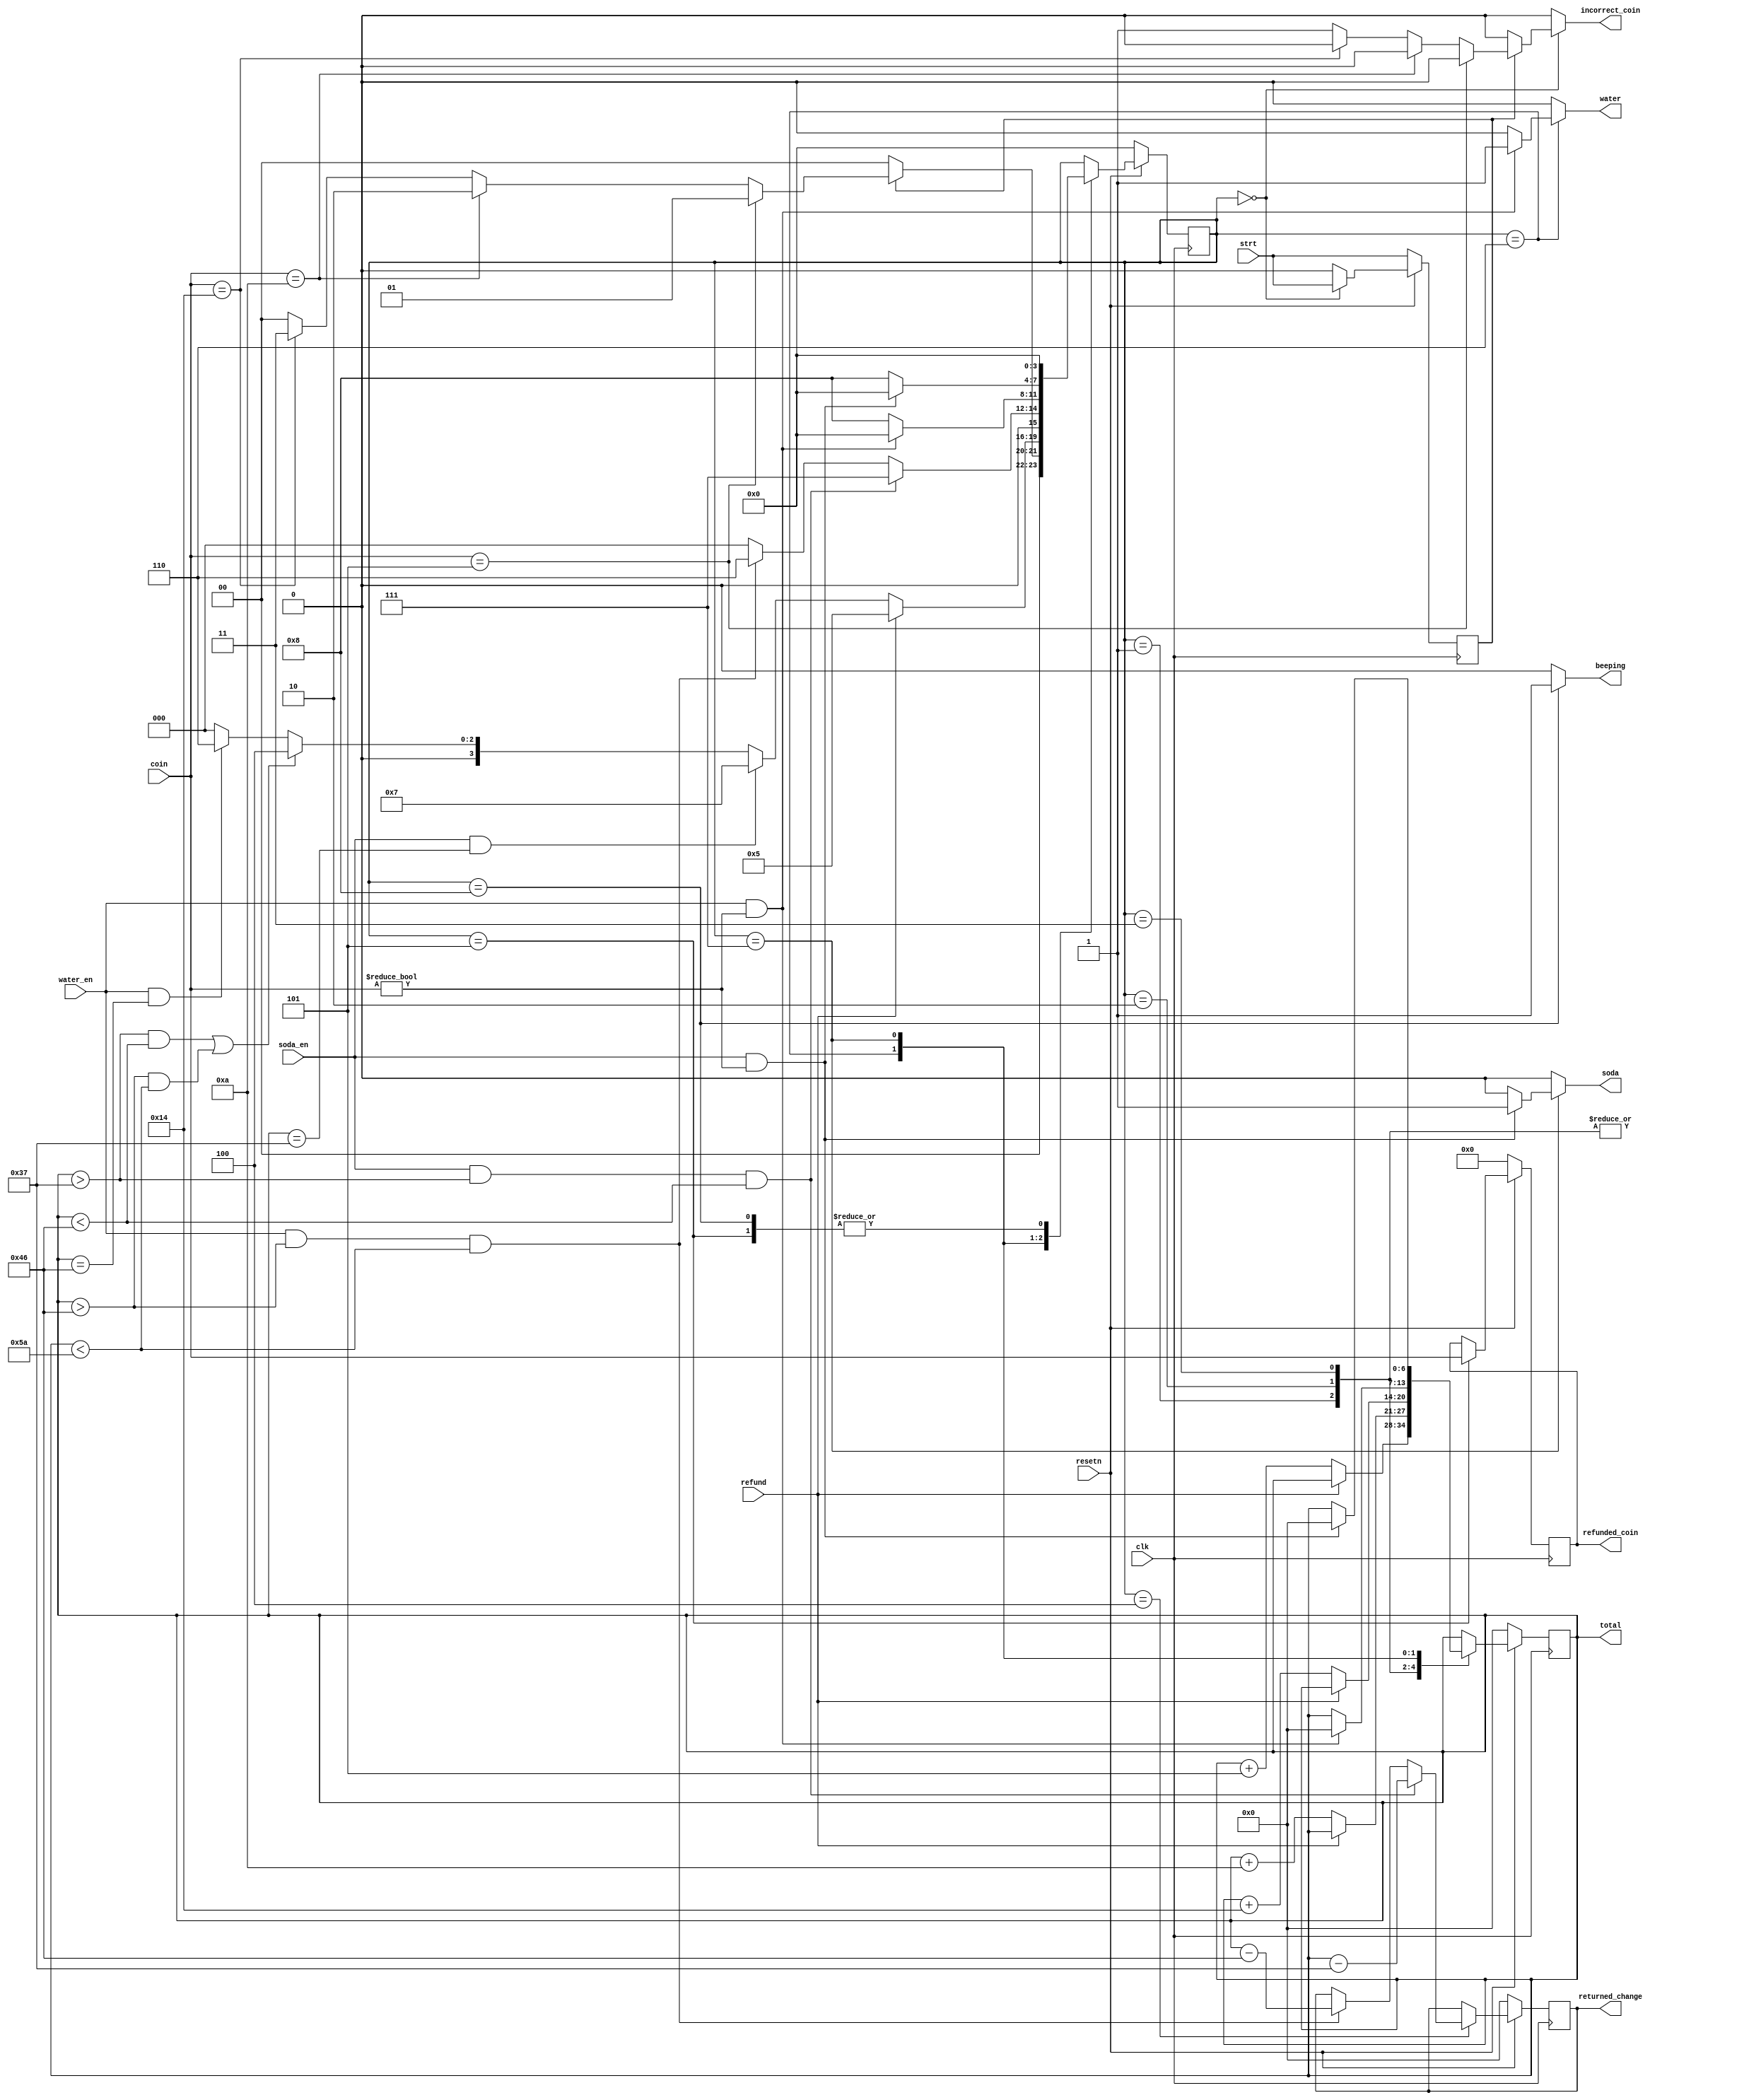
`timescale 1ns / 1ps
//////////////////////////////////////////////////////////////////////////////////
// Company: 
// Engineer: 
// 
// Design Name:    soda & water vending machin
// Module Name:    machine 
// Project Name:   vending machine
// Target Devices: 
// Tool versions: 
// Description: 
//
// Dependencies: 
//
// Revision: 
// Revision 0.01 - File Created
// Additional Comments: 
//
//////////////////////////////////////////////////////////////////////////////////

module machine(
input clk,resetn,strt,
//output reg low_amnt,huge_amnt,
output reg incorrect_coin,
input [4:0]coin,
input soda_en,water_en,refund,
output reg water,soda,
output [4:0]refunded_coin,
output [6:0]returned_change,
output reg beeping,
output [6:0]total
    );
	 
	 //reg [4:0]i,n;
	 reg strt_reg,strt_nex;
	 reg [6:0]returned_change_reg,returned_change_nex;
	 reg [4:0]refunded_coin_reg,refunded_coin_nex;
	 reg c5_en,c10_en,c20_en;
	 reg [6:0]count_reg,count_nex;
	 reg [3:0]cur_s,nex_s;
	 parameter start = 4'b0000,coin5 = 4'b0001,coin10 = 4'b0010,coin20 = 4'b0011,return_change = 4'b0100,refund_coin = 4'b0101,eject_water = 4'b0110,eject_soda = 4'b0111,beep = 4'b1000;
	 
always @(posedge clk)
begin
if(~resetn)
	begin
		cur_s <= start;
		count_reg <= 7'b0000000;
		refunded_coin_reg <= 0;
		returned_change_reg <= 0;
		strt_reg <= strt;
	end
else 
	begin
		cur_s <= nex_s;
		count_reg <= count_nex;
		refunded_coin_reg <= refunded_coin_nex;
		returned_change_reg <= returned_change_nex;
		strt_reg <= strt_nex;
	end
end

always @(cur_s,coin,strt,strt_reg,count_reg,refunded_coin_reg,returned_change_reg,water_en,soda_en,refund)
begin
nex_s = cur_s;
strt_nex = 0;
c5_en = 0;
c10_en = 0;
c20_en = 0;
incorrect_coin = 0;
//low_amnt = 0;
//huge_amnt = 0;
refunded_coin_nex = refunded_coin_reg;
returned_change_nex = returned_change_reg;
water = 0;
soda = 0;
count_nex = count_reg;
beeping = 0;
case(cur_s)
start:begin
		strt_nex = strt;
		 if(strt_reg)
		 begin
				if(coin == 5'b00101)
				begin
					nex_s = coin5;
				end
				else if(coin == 5'b01010)
				begin
					nex_s = coin10;
				end
				else if(coin == 5'b10100)
				begin
					nex_s = coin20;
				end
				else
				begin
					incorrect_coin = 1;
					nex_s = start;
				end
				/*else if(coin < 5 || coin > 5 && coin <10 ||coin > 10 && coin <20 || coin > 20)
				nex_s = return_change;*/
			end
			else
			begin
				nex_s = start;
				end
		end
coin5:begin
		c5_en = 1;
		if(c5_en)
		begin
			if(refund)
			nex_s = refund_coin;
			else
			begin
			count_nex = count_reg + 7'b0000101;
			if(soda_en && count_reg == 55 )
				nex_s = eject_soda;
			else if(count_reg > 55 && count_reg < 70 || count_reg > 70 && count_reg < 90)
				nex_s = return_change;
			else if(water_en && count_reg == 70)
				nex_s = eject_water;	
			else
				nex_s = start;	
			end
		end
		else
		nex_s = coin5;
		end
coin10:begin
		c10_en = 1;
		if(c10_en)
		begin
			if(refund)
			nex_s = refund_coin;
			else
			begin
			count_nex = count_reg + 7'b0001010;
			if(soda_en && count_reg == 55 )
				nex_s = eject_soda;
			else if(count_reg > 55 && count_reg < 70 || count_reg > 70 && count_reg < 90)
				nex_s = return_change;
			else if(water_en && count_reg == 70)
				nex_s = eject_water;	
			else
				nex_s = start;	
			end
		end
		else
		nex_s = coin10;
		end
coin20:begin
		c20_en = 1;
		if(c20_en)
		begin
			if(refund)
			nex_s = refund_coin;
			else
			begin
			count_nex = count_reg + 7'b0010100;
			if(soda_en && count_reg == 55 )
				nex_s = eject_soda;
			else if(count_reg > 55 && count_reg < 70 || count_reg > 70 && count_reg < 90)
				nex_s = return_change;
			else if(water_en && count_reg == 70)
				nex_s = eject_water;	
			else
				nex_s = start;	
			end
		end
		else
		nex_s = coin20;
		end
return_change:begin
					/*if(coin > 5 && coin < 10)
					begin
						returned_change = count_reg - 5;
						nex_s = coin5;
					end
					else if(coin > 10 && coin < 20)
					begin
						returned_change = count_reg - 10;
						nex_s = coin10;
					end
					else if(coin > 20 && coin <= 25)
					begin
						returned_change = count_reg - 10;
						nex_s = coin20;
					end*/
				   if(soda_en && count_reg > 7'b0110111 && count_reg <  7'b1000110)
					begin
						returned_change_nex = count_reg - 7'b0110111;
						nex_s = eject_soda;
					end
					else if(water_en && count_reg >  7'b1000110 && count_reg < 7'b1011010)
					begin
						returned_change_nex = count_reg - 7'b1000110;
						nex_s = eject_water;
					end
					/*else if(coin > 25)
					begin
						huge_amnt = 1;
						nex_s = start;
					end
					else if(coin < 5)
					begin
						low_amnt = 1;
						nex_s = start;
					end*/
					else
						nex_s = start;
				  end
refund_coin:begin
					refunded_coin_nex = coin;
					nex_s = start;
				end
eject_water:begin
					if(water_en && coin != 0)
					begin
						water = 1;
						count_nex = 0;
						nex_s = start;
					end
					else
						nex_s = beep;
				end
eject_soda:begin
					if(soda_en && coin != 0)
					begin
						soda = 1;
						count_nex = 0;
						nex_s = start;
					end
					else
						nex_s = beep;
				end
beep:begin
		beeping = 1;
		nex_s = start;
	  end
endcase
end

assign total = count_reg;
assign returned_change = returned_change_reg;
assign refunded_coin = refunded_coin_reg;

endmodule